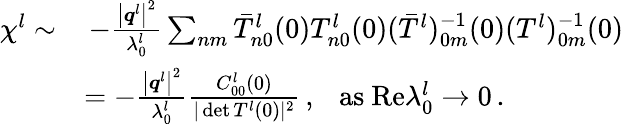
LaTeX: \begin{array}{rl}{\chi^{l}\sim}&{\, -\frac{\big\vert\boldsymbol{q}^{l}\big\vert^{2}}{\lambda_{0}^{l}}\sum_{nm}{\bar{T}_{n0}^{l}(0)T_{n0}^{l}(0)(\bar{T}^{l})_{0m}^{-1}(0)(T^{l})_{0m}^{-1}(0)}}\\ &{=-\frac{\big\vert\boldsymbol{q}^{l}\big\vert^{2}}{\lambda_{0}^{l}}\frac{C_{00}^{l}(0)}{\vert\operatorname*{det}T^{l}(0)\vert^{2}}\, ,~~~\mathrm{as}~\mathrm{Re}\lambda_{0}^{l}\rightarrow 0\, .}\end{array}